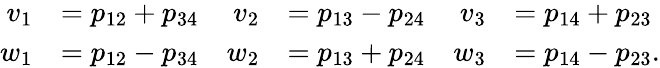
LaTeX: \begin{array}{rlrlrl}{v_{1}}&{=p_{12}+p_{34}}&{v_{2}}&{=p_{13}-p_{24}}&{v_{3}}&{=p_{14}+p_{23}}\\ {w_{1}}&{=p_{12}-p_{34}}&{w_{2}}&{=p_{13}+p_{24}}&{w_{3}}&{=p_{14}-p_{23}.}\end{array}